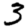
Digit: 3